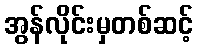
အွန်လိုင်းမှတစ်ဆင့်